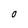
Character: O